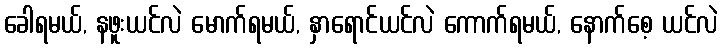
ခေါရမယ်, နဖူးယင်လဲ မောက်ရမယ်, နှာရောင်ယင်လဲ ကောက်ရမယ်, နောက်စေ့ ယင်လဲ